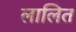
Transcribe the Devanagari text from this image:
लालित